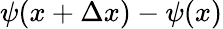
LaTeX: \psi(x+\Delta x)-\psi(x)